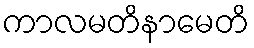
ကာလမတိနာမေတိ